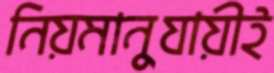
নিয়মানুযায়ীই